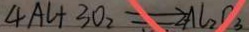
4 A l + 3 O _ { 2 } = 2 A l _ { 2 } O _ { 3 }